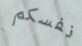
نفسكم